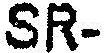
SR-